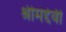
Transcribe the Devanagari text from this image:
श्रीमद्देवी